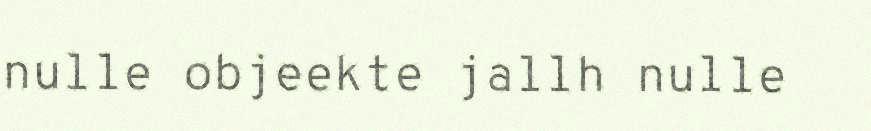
nulle objeekte jallh nulle